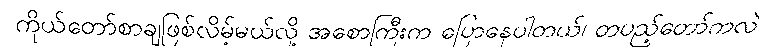
ကိုယ်တော်စာချဖြစ်လိမ့်မယ်လို့ အစောကြီးက ပြောနေပါတယ်၊ တပည့်တော်ကလဲ